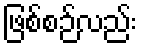
ဖြစ်စဉ်လည်း